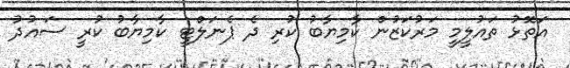
އަތޮޅު ތައުލީމީ މަރުކަޒުން ކާމިޔާބު ކުރި ދެ ޕެނަލްޓީ ކާމިޔާބު ކުރީ ސައުދު